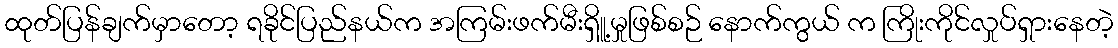
ထုတ်ပြန်ချက်မှာတော့ ရခိုင်ပြည်နယ်က အကြမ်းဖက်မီးရှိူ့မှုဖြစ်စဉ် နောက်ကွယ် က ကြိုးကိုင်လှုပ်ရှားနေတဲ့